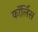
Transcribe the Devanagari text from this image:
कॉर्लिस